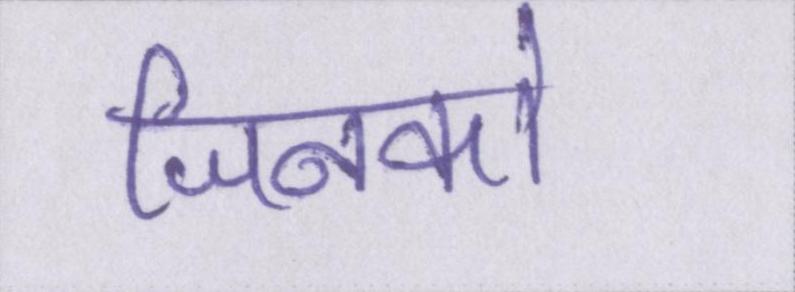
जिनको